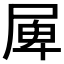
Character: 𡲎